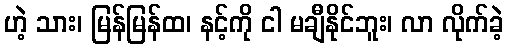
ဟဲ့ သား၊ မြန်မြန်ထ၊ နင့်ကို ငါ မချီနိုင်ဘူး၊ လာ လိုက်ခဲ့